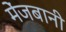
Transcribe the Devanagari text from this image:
मेंजबानी